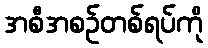
အစီအစဉ်တစ်ရပ်ကို